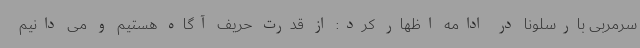
سرمربی بارسلونا در ادامه اظهار کرد: از قدرت حریف آگاه هستیم و می دانیم